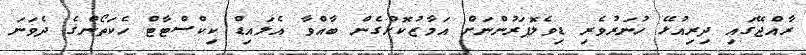
ރާއްޖޭގައި ދިރިއުޅޭ ހުނަރުވެރި ޑިވެލޮޕަރުންނަށް އަމާޒުކޮށްގެން ބާއްވާ އެލައިޑް ކިކްސްޓާޓް ހެކަތޯންގެ ދެވަނަ